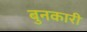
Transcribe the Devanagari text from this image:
बुनकारी